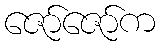
ဇော်ဇော်က